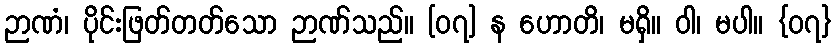
ဉာဏံ၊ ပိုင်းဖြတ်တတ်သော ဉာဏ်သည်။ [၀၇] န ဟောတိ၊ မရှိ။ ဝါ၊ မပါ။ {၀၇}